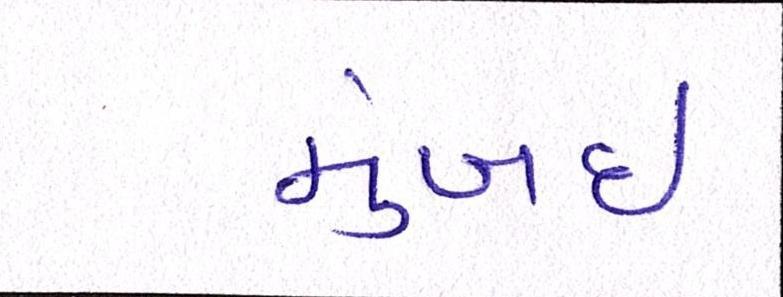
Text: મુંબઇઃ